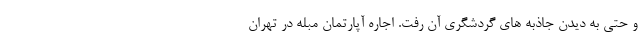
و حتی به دیدن جاذبه های گردشگری آن رفت. اجاره آپارتمان مبله در تهران